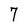
Character: 7